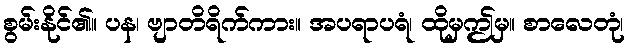
စွမ်းနိုင်၏။ ပန၊ ဗျာတိရိက်ကား။ အပရာပရံ၊ ထိုမှဤမှ။ စာလေတုံ၊